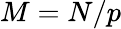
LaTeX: M=N/p